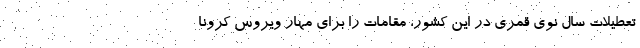
تعطیلات سال نوی قمری در این کشور، مقامات را برای مهار ویروس کرونا